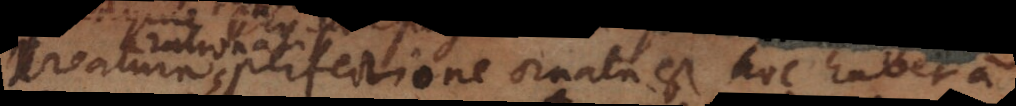
nalis perfectione ornata est, hoc habet a